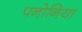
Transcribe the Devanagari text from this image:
पनोनिया